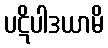
ပဋိပါဒယာမိ